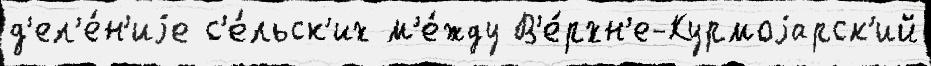
д'ел'е́н'иjе с'е́льск'их м'е́жду В'е́рхн'е-Курмоjарск'ий